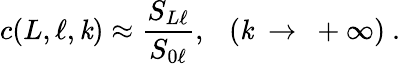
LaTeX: c(L,\ell,\mathit{k})\approx\frac{{S_{L\ell}}}{{S_{0\ell}}},~~~(\mathit{k}~\rightarrow~+\infty)~.